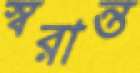
স্বরান্ত